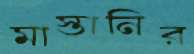
মাস্তানির